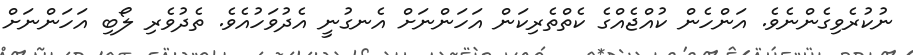
ނުކުރެވިގެންނެވެ. އަންހެން ކުއްޖެއްގެ ކެތްތެރިކަން އަހަންނަށް އެނގުނީ އެދުވަހުއެވެ. ތެދުވެރި ލޯބި އަހަންނަށް